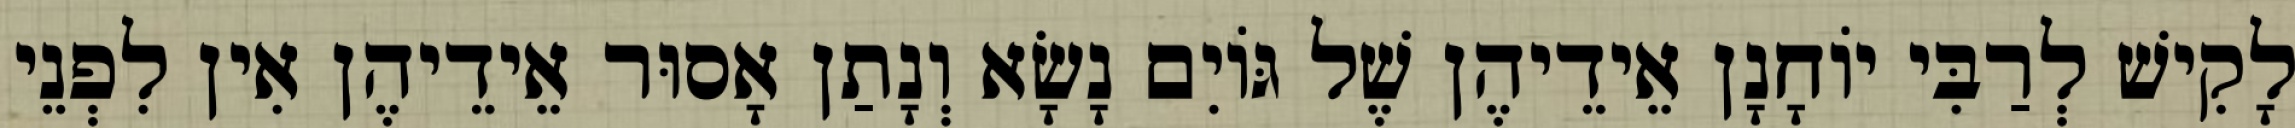
לָקִישׁ לְרַבִּי יוֹחָנָן אֵידֵיהֶן שֶׁל גּוֹיִם נָשָׂא וְנָתַן אָסוּר אֵידֵיהֶן אִין לִפְנֵי